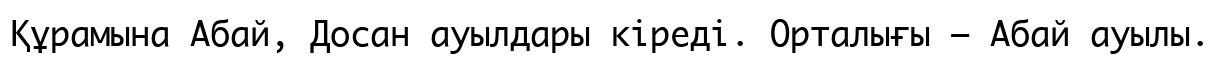
Құрамына Абай, Досан ауылдары кіреді. Орталығы – Абай ауылы.